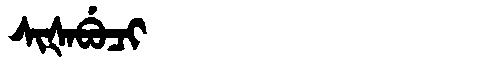
Manchu: ᠰᡳᡧᠠᠪᡠᠴᡳ
Romanization: SIŠABUCI